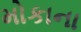
મોકાના